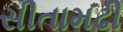
સીતામઢી